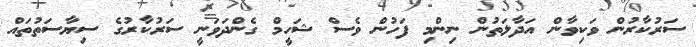
ސަރުކާރުން ވަކިވާން އަދާލަތުން ނިންމި ފަހުން ވެސް ޝަހީމް ގެންދަވަނީ ސަރުކާރުގެ ސިޔާސަތުތައް